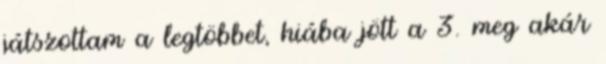
játszottam a legtöbbet, hiába jött a 3. meg akár